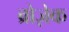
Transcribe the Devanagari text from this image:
ब्रोज़ेक